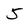
Character: 5